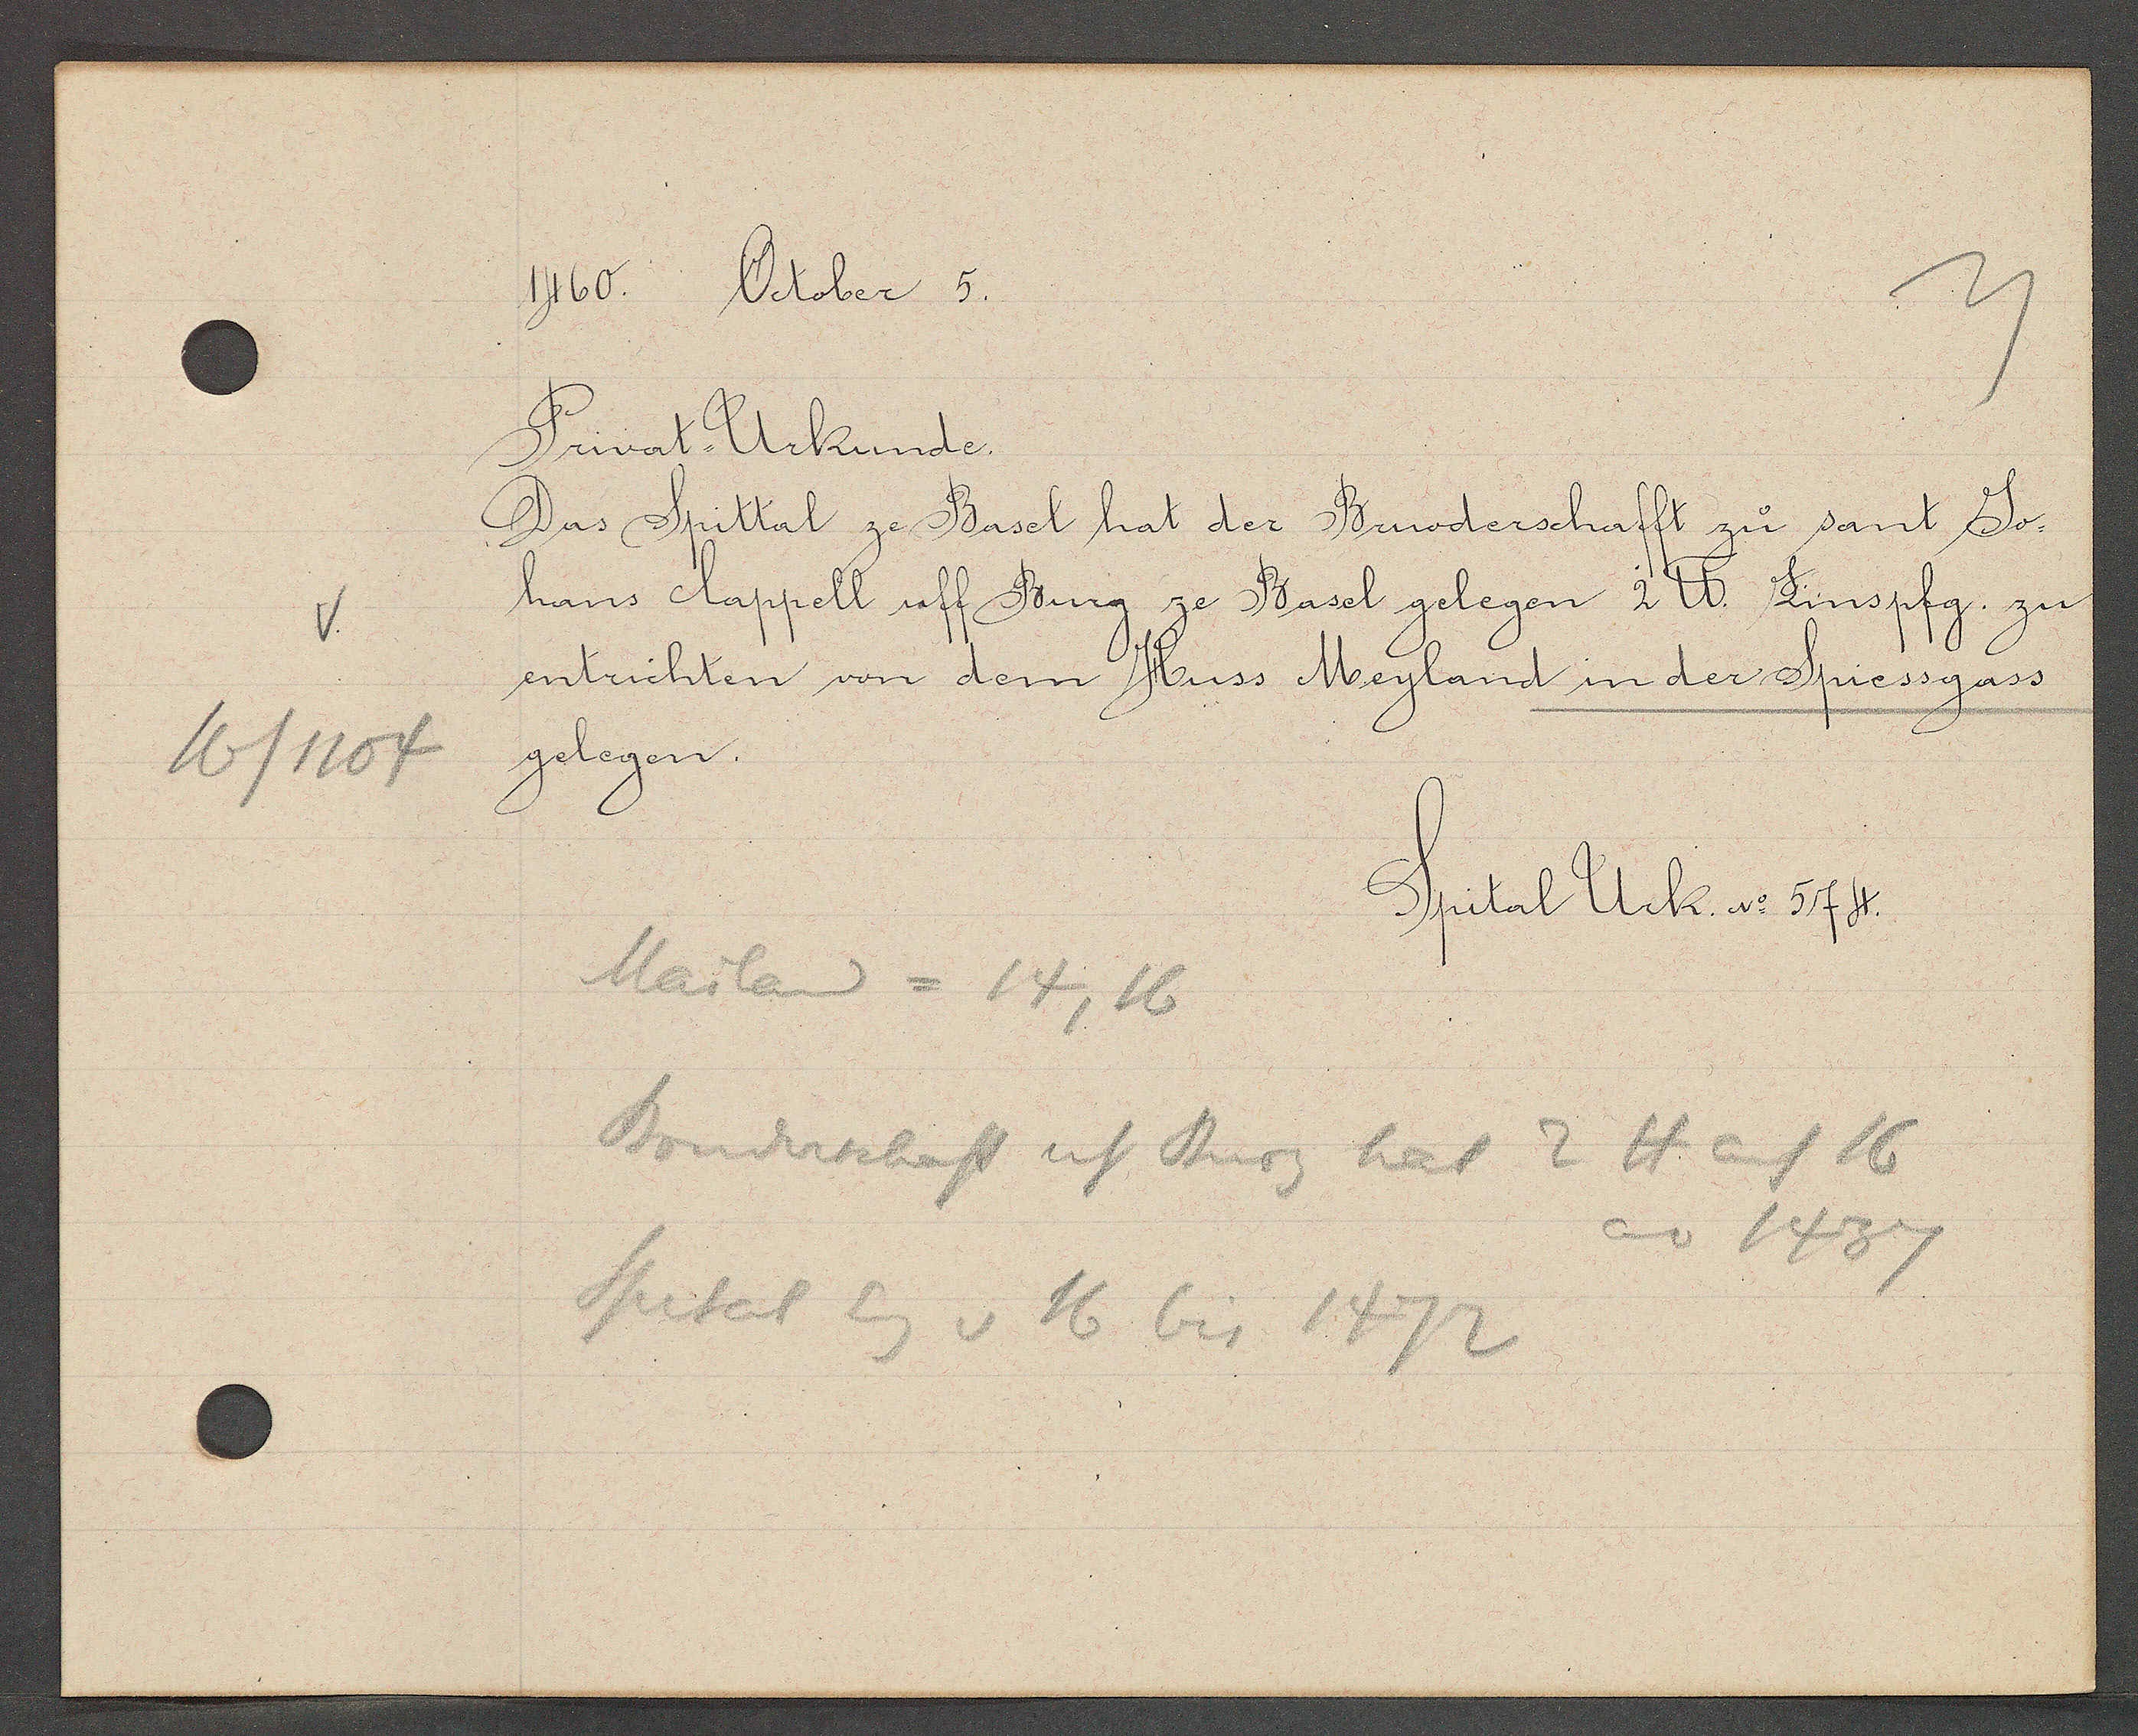
Transcript:
16/1104

1460.
Oober 5.

Privat- Urkunde.
Das Spittal ze Basel hat der Bruderschafft zu sant Jo¬
hans Cappell uff Burg ze Basel gelegen 2 ℔. Zinspfg. zu
entrichten von dem Huss Meyland in der Spiessgass
gelegen.

Spital Urk. No 574.

Mailand = 14, 16
Bruderschaft uf Burg hat 2 ℔ auf 16
ao 1437
Spital Eig v 16 bis 1472